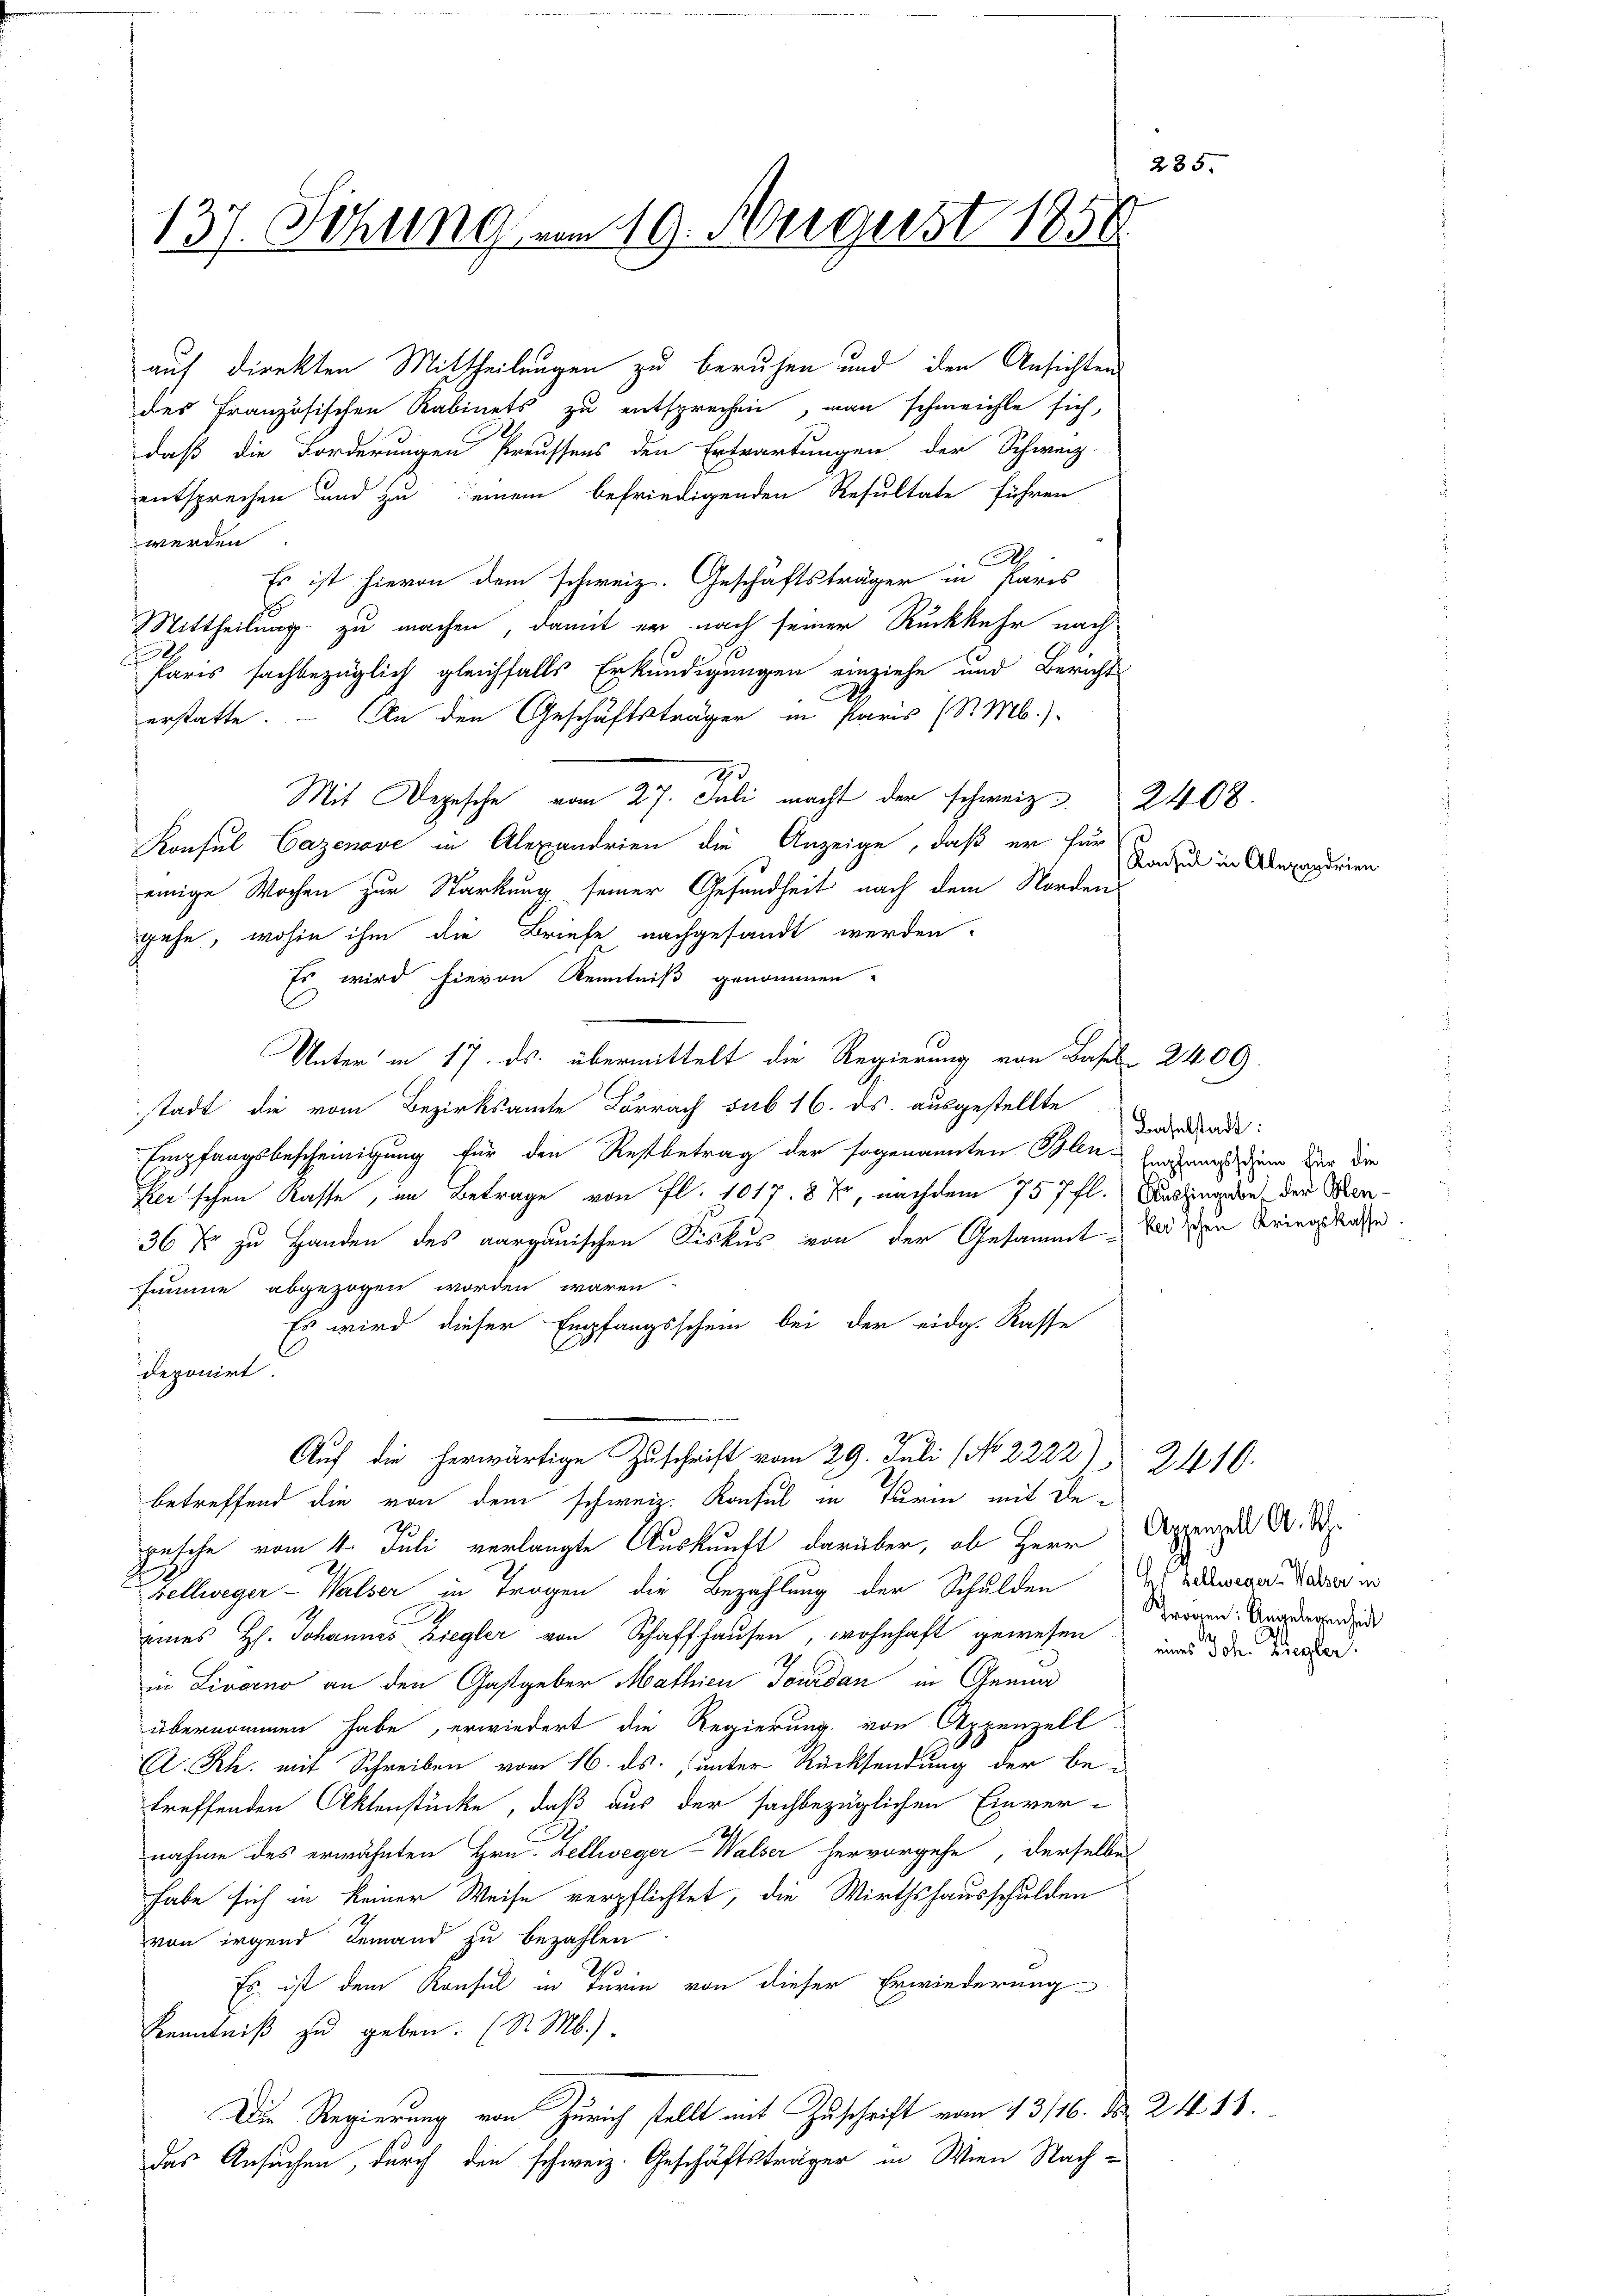
235.
137. Sitzung vom 19. August 1856

auf direkten Mittheilungen zu beruhen und den Ansichtens
des Französischen Rabinets zu entsprechen, man schmeichte sich,
daß die Forderungen Preussens den Erwartungen der Schweiz.
entsprechen und zu einem befriedigenden Resultate führen
werden
.
Es ist hievon dem schweiz. Geschäftsträger in Paris
Mittheilung zu machen, damit er nach seiner Rückkehr nach
1
c
Paris sachbezüglich gleichfalls Erkundigungen einziehe und Bericht
A
n den Geschäftsträger in Paris (S. M.)
erstatte.
7
Mit Depesche vom 27. Juli macht der schweiz. 2408.
Konsul Cazenove in Alexandrien die Anzeige, daß er für
einige Wochen zur Stärkung seiner Gesundheit nach dem Norden
gehe, wohin ihm die Briefe nachgesandt werden.
Es wird hievon Kenntniß genommen.
Unter in 17. ds. übermittelt die Regierung von Basel 2400.
stadt die vom Bezirksamte Lörrach sub 16. ds. ausgestellte
Empfangsbescheinigung für den Restbetrag der sogenannten Polen Heraus dem der die
Per'schen Rasse, im Betrage von fl. 1017. 8 Xr, nachdem 757 fl. Aushingen, der Men¬
36 % zu Handen des aargauischen Fiskus von der Gesammt Beisen Kriegskasse
ssumme abgezogen worden wären.
Es wird dieser Empfangsschein bei der eidg. Rasse
deponirt.
Auf die herwärtige Zuschrift vom 29. Juli (No. 2222), 2410.
betreffend die von dem schweiz. Konsul in Turin mit depesche vom 4. Juli verlangte Auskunft darüber, ob Herr
Fellweger - Walser in Trogen die Bezahlung der Schulden der Bewende Vater er
eines H. Johannes Ziegler von Schaffhausen, wohnhaft gewesen und die unter
in Livorno an den Gastgeber Mathien Tourdan in Gem
übernommen habe, erwiedert die Regierung von Appenzell
A. Rh. mit Schreiben vom 16. ds., unter Rücksendung der betreffenden Aktenstücke, daß aus der sachbezüglichen Einver-
nahme des erwähnten Hrn. Zellweger-Walser hervorgehe, derselbes
habe sich in keiner Weise verpflichtet, die Wirthshausschulden
von irgend Jemand zu bezahlen
Es ist dem Konsul in Turin von dieser Erwiederung
Kenntniß zu geben. (S. M.)
Die Regierung von Zürich stellt mit Zuschrift vom 13/16. d. 24. 11.
das Ansuchen, durch den schweiz. Geschäftsträger in Wien Nach-

Konsul in Alexandrien

Baselstadt:

Appenzell A. Sch.
Trogen: Angelegenheit